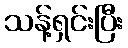
သန့်ရှင်းပြီး